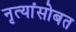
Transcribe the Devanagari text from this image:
नृत्यांसोबत